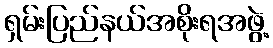
ရှမ်းပြည်နယ်အစိုးရအဖွဲ့